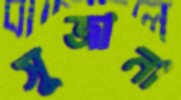
সুজানা